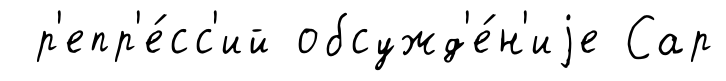
р'епр'е́сс'ий обсужд'е́н'иjе Сар